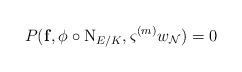
\begin{align*}P({\mathbf f},\phi\circ{\rm N}_{E/K}, \varsigma^{(m)}w_{\mathcal N}) =0\end{align*}